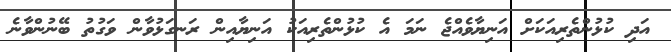
އަދި ކުޅުންތެރިއަކަށް އަނިޔާވެއްޖެ ނަމަ އެ ކުޅުންތެރިއަކު އަނިޔާއިން ރަނގަޅުވާން ވަގުތު ބޭނުންވާނެ